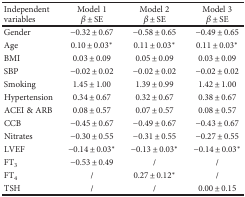
<table><thead><tr><td><b>Independent variables</b></td><td><b>Model 1<i>β</i> ± SE</b></td><td><b>Model 2<i>β</i> ± SE</b></td><td><b>Model 3<i>β</i> ± SE</b></td></tr></thead><tbody><tr><td>Gender</td><td>−0.32 ± 0.67</td><td>−0.58 ± 0.65</td><td>−0.49 ± 0.65</td></tr><tr><td>Age</td><td>0.10 ± 0.03<sup>∗</sup></td><td>0.11 ± 0.03<sup>∗</sup></td><td>0.11 ± 0.03<sup>∗</sup></td></tr><tr><td>BMI</td><td>0.03 ± 0.09</td><td>0.05 ± 0.09</td><td>0.03 ± 0.09</td></tr><tr><td>SBP</td><td>−0.02 ± 0.02</td><td>−0.02 ± 0.02</td><td>−0.02 ± 0.02</td></tr><tr><td>Smoking</td><td>1.45 ± 1.00</td><td>1.39 ± 0.99</td><td>1.42 ± 1.00</td></tr><tr><td>Hypertension</td><td>0.34 ± 0.67</td><td>0.32 ± 0.67</td><td>0.38 ± 0.67</td></tr><tr><td>ACEI &amp; ARB</td><td>0.08 ± 0.57</td><td>0.07 ± 0.57</td><td>0.08 ± 0.57</td></tr><tr><td>CCB</td><td>−0.45 ± 0.67</td><td>−0.49 ± 0.67</td><td>−0.43 ± 0.67</td></tr><tr><td>Nitrates</td><td>−0.30 ± 0.55</td><td>−0.31 ± 0.55</td><td>−0.27 ± 0.55</td></tr><tr><td>LVEF</td><td>−0.14 ± 0.03<sup>∗</sup></td><td>−0.13 ± 0.03<sup>∗</sup></td><td>−0.14 ± 0.03<sup>∗</sup></td></tr><tr><td>FT<sub>3</sub></td><td>−0.53 ± 0.49</td><td>/</td><td>/</td></tr><tr><td>FT<sub>4</sub></td><td>/</td><td>0.27 ± 0.12<sup>∗</sup></td><td>/</td></tr><tr><td>TSH</td><td>/</td><td>/</td><td>0.00 ± 0.15</td></tr></tbody></table>